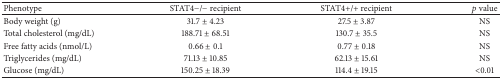
| Phenotype | STAT4−/− recipient | STAT4+/+ recipient | p value |
 | --- | --- | --- | --- |
 | Body weight (g) | 31.7 ± 4.23 | 27.5 ± 3.87 | NS |
 | Total cholesterol (mg/dL) | 188.71 ± 68.51 | 130.7 ± 35.5 | NS |
 | Free fatty acids (nmol/L) | 0.66 ± 0.1 | 0.77 ± 0.18 | NS |
 | Triglycerides (mg/dL) | 71.13 ± 10.85 | 62.13 ± 15.61 | NS |
 | Glucose (mg/dL) | 150.25 ± 18.39 | 114.4 ± 19.15 | <0.01 |